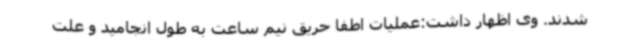
شدند. وی اظهار داشت:عملیات اطفا حریق نیم ساعت به طول انجامید و علت